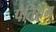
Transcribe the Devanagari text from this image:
पैतियम